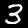
Digit: 3